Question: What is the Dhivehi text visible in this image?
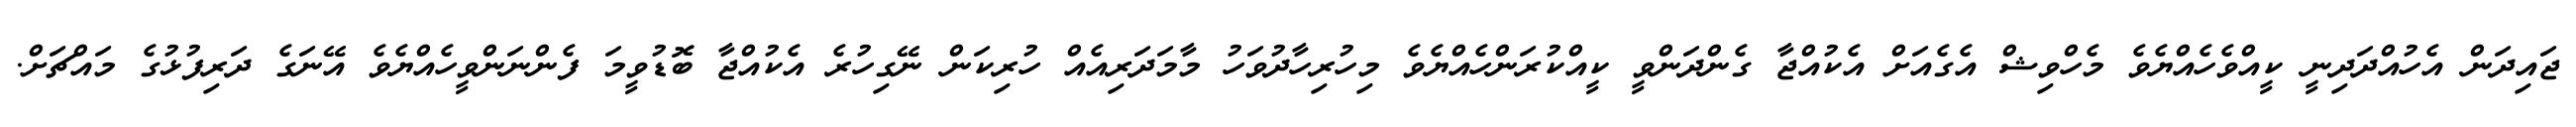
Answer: ޖައިދަން އެހުއްދަދިނީ ކީއްވެހެއްޔެވެ މެހްވިޝް އެގެއަށް އެކުއްޖާ ގެންދަންވީ ކީއްކުރަންހެއްޔެވެ މިހުރިހާދުވަހު މާމަދަރިއެއް ހުރިކަން ނޭގިހުރެ އެކުއްޖާ ބޮޑުވީމަ ފެންނަންވީހެއްޔެވެ އޭނަގެ ދަރިފުޅުގެ މައްޗަށް.